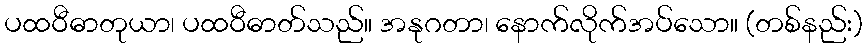
ပထဝီဓာတုယာ၊ ပထဝီဓာတ်သည်။ အနုဂတာ၊ နောက်လိုက်အပ်သော။ (တစ်နည်း)